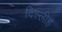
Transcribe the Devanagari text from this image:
दिल्लीह